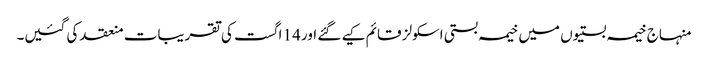
منہاج خیمہ بستیوں میں خیمہ بستی اسکولز قائم کیے گئے اور 14 اگست کی تقریبات منعقد کی گئیں۔